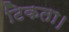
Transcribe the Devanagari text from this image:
टिकता।